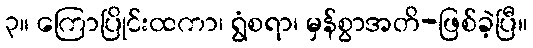
၃။ ကြောပြိုင်းထကာ၊ ရွံစရာ၊ မှန်စွာအတိ-ဖြစ်ခဲ့ပြီ။